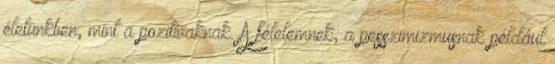
életünkben, mint a pozitívaknak. A félelemnek, a pesszimizmusnak például